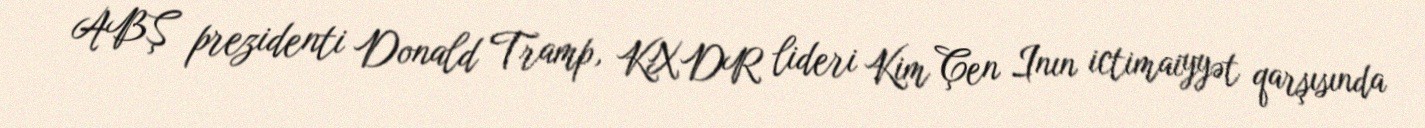
ABŞ prezidenti Donald Tramp, KXDR lideri Kim Çen Inın ictimaiyyət qarşısında